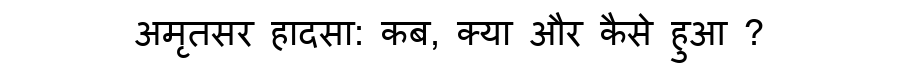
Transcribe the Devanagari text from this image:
अमृतसर हादसा: कब, क्या और कैसे हुआ ?